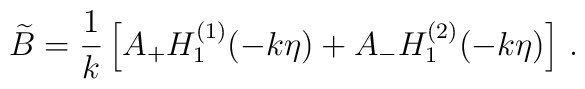
\widetilde{B} = {1\over k} \left[ A_+ H_1^{(1)}(-k\eta) + A_- H_1^{(2)}(-k\eta) \right] \, .